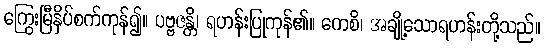
ကြွေးမြီနှိပ်စက်ကုန်၍။ ပဗ္ဗဇန္တိ၊ ရဟန်းပြုကုန်၏။ ကေစိ၊ အချို့သောရဟန်းတို့သည်။